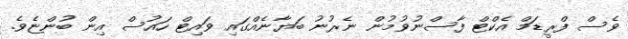
ވެސް ފްރީޑަމް އެކްޓް ފާސްނުވުމުން ނެރުނު ބަޔާނެއްގައި ވައިޓް ހައުސް އިން ބުންޏެވެ.